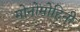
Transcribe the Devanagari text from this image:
मोनोमोहिनी